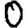
Digit: 0